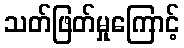
သတ်ဖြတ်မှုကြောင့်